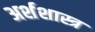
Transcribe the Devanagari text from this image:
अर्शशास्त्र